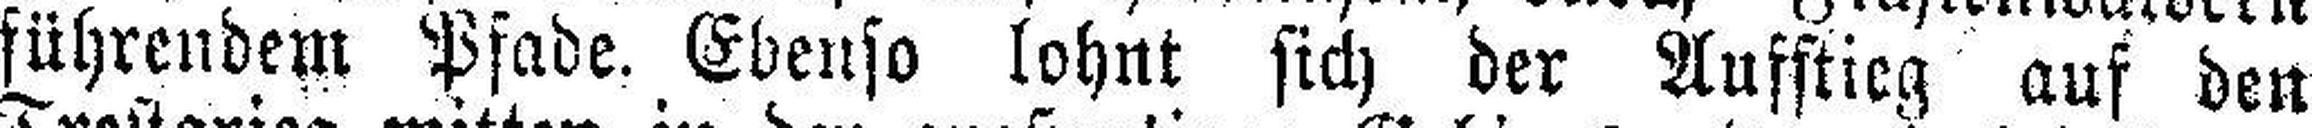
führendem Pfade. Ebenso lohnt sich der Ausstieg auf den